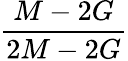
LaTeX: \frac{M-2G}{2M-2G}